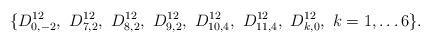
LaTeX: \begin{align*}\{D^{12}_{0,-2}, ~D^{12}_{7,2},~D^{12}_{8,2},~D^{12}_{9,2},~ D^{12}_{10,4},~ D^{12}_{11,4}, ~D^{12}_{k,0},~k=1,\ldots 6\}.\end{align*}